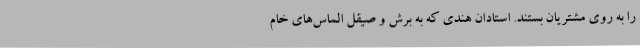
را به روی مشتریان بستند. استادان هندی که به برش و صیقل الماس‌های خام